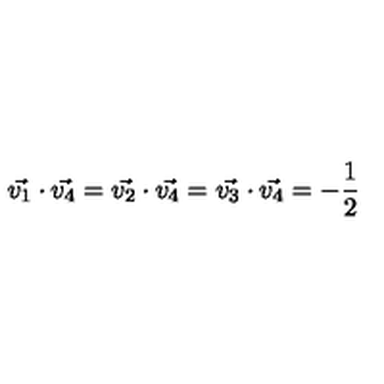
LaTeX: \vec { v _ { 1 } } \cdot \vec { v _ { 4 } } = \vec { v _ { 2 } } \cdot \vec { v _ { 4 } } = \vec { v _ { 3 } } \cdot \vec { v _ { 4 } } = - \frac { 1 } { 2 }